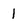
Character: 1